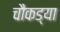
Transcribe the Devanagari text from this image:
चौकड्या